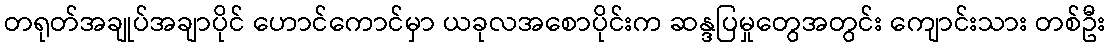
တရုတ်အချုပ်အချာပိုင် ဟောင်ကောင်မှာ ယခုလအစောပိုင်းက ဆန္ဒပြမှုတွေအတွင်း ကျောင်းသား တစ်ဦး